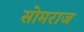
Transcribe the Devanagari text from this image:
सोमराज